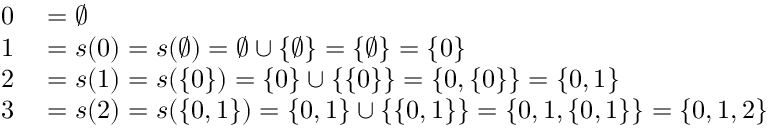
\begin{array} { r l } { 0 } & { { } = \emptyset } \\ { 1 } & { { } = s ( 0 ) = s ( \emptyset ) = \emptyset \cup \{ \emptyset \} = \{ \emptyset \} = \{ 0 \} } \\ { 2 } & { { } = s ( 1 ) = s ( \{ 0 \} ) = \{ 0 \} \cup \{ \{ 0 \} \} = \{ 0 , \{ 0 \} \} = \{ 0 , 1 \} } \\ { 3 } & { { } = s ( 2 ) = s ( \{ 0 , 1 \} ) = \{ 0 , 1 \} \cup \{ \{ 0 , 1 \} \} = \{ 0 , 1 , \{ 0 , 1 \} \} = \{ 0 , 1 , 2 \} } \end{array}